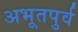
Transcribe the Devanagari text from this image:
अभूतपुर्व